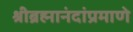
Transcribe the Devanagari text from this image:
श्रीब्रह्मानंदांप्रमाणे